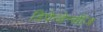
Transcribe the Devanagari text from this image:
डिपेन्डेन्सीज़